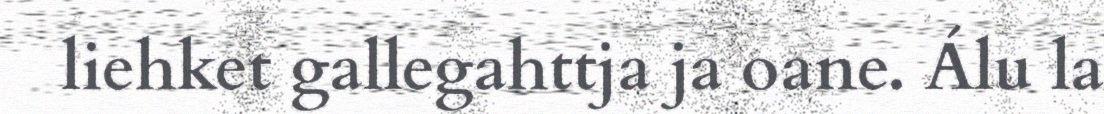
liehket gallegahttja ja oane. Álu la